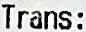
TRANS: